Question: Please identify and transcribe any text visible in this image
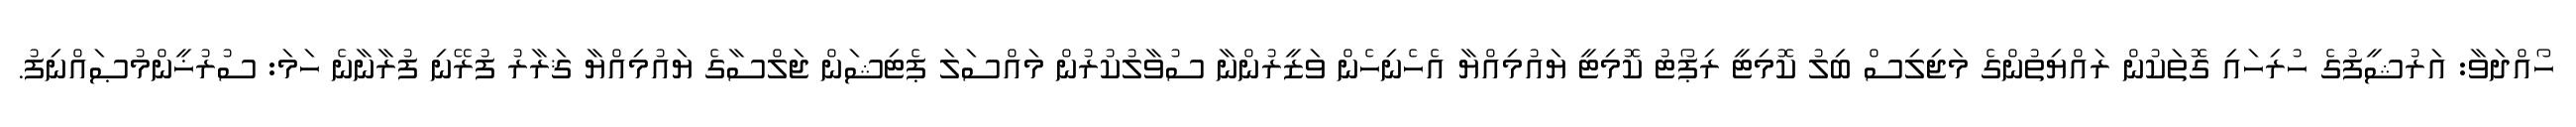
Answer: ހޯއްދަވާ: އަރުޝީފުގެ ހުރިހައި ގޮތަކުން ރައްޔިތުންގެ މަޖިލިސް ބިލު ކޮމިޓީ ރިޕޯޓު ކޮމިޓީ ޔައުމިއްޔާ އެހެނިހެން ވަޒީރުންނާ ސުވާލުކުރުން މައްސަލަ ޕެޓިޝަން ޖަލްސާގެ ޔައުމިއްޔާ ޤަރާރު ފުރޭނި ފުރާނާނެ ހަމަ: ސުރުޚީންމުޞައްނިފު.